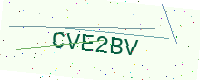
Text: CVE2BV